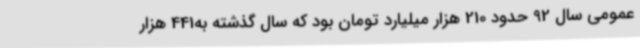
عمومی سال 92 حدود 210 هزار میلیارد تومان بود که سال گذشته به441 هزار